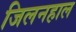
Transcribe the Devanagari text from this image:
जिलनहाल